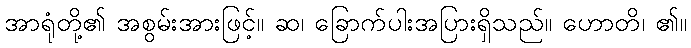
အာရုံတို့၏ အစွမ်းအားဖြင့်။ ဆ၊ ခြောက်ပါးအပြားရှိသည်။ ဟောတိ၊ ၏။